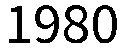
1980